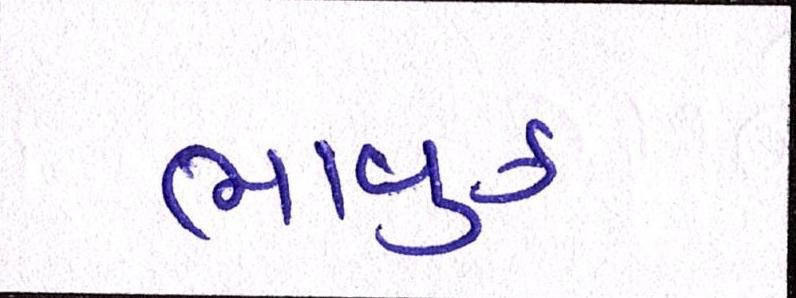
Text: ભાવુક